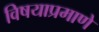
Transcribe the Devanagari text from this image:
विषयाप्रमाणे